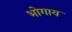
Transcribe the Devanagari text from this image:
भोगाय